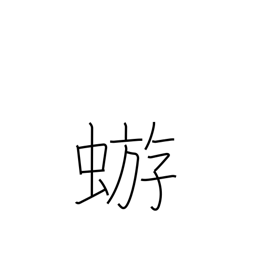
Meaning: mayfly